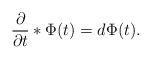
LaTeX: \begin{align*}{{\partial}\over{\partial t}}*\Phi(t)=d\Phi(t).\end{align*}